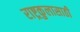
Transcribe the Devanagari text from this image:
राष्ट्रकुलासाठी